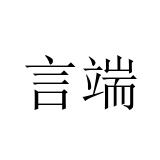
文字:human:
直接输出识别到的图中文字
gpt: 言端